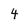
Character: 4